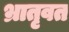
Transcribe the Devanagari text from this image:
भ्रातृवत